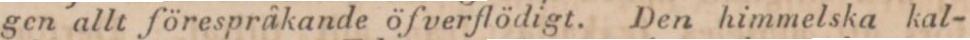
gen allt förespråkande öfverflödigt. Den himmelska kal-